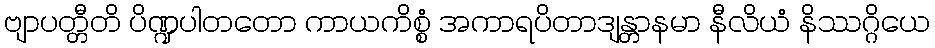
ဗျာပတ္တီတိ ပိဏ္ဍပါတတော ကာယကိစ္စံ အကာရပိတာဒျန္တာနမာ နီလိယံ နိဿဂ္ဂိယေ